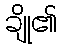
ချို၏